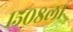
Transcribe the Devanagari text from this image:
१५०८ला